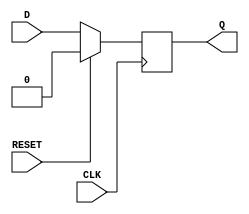
`ifdef verilator3
`else
`timescale 1 ps / 1 ps
`endif
//
// DFFR primitive for Gowin FPGAs
// Compatible with Verilator tool (www.veripool.org)
// Copyright (c) 2022 Frdric REQUIN
// License : BSD
//

module DFFR
#(
    parameter INIT = 1'b0
)
(
    input  CLK,
    input  RESET,
    input  D,
    output Q
);

    reg _r_Q;

    initial begin
        _r_Q = INIT;
    end

    always @(posedge CLK) begin
    
        if (RESET) begin
            _r_Q <= 1'b0;
        end
        else begin
            _r_Q <= D;
        end
    end

    assign Q = _r_Q;

endmodule